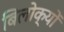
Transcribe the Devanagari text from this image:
बिलोक्यों